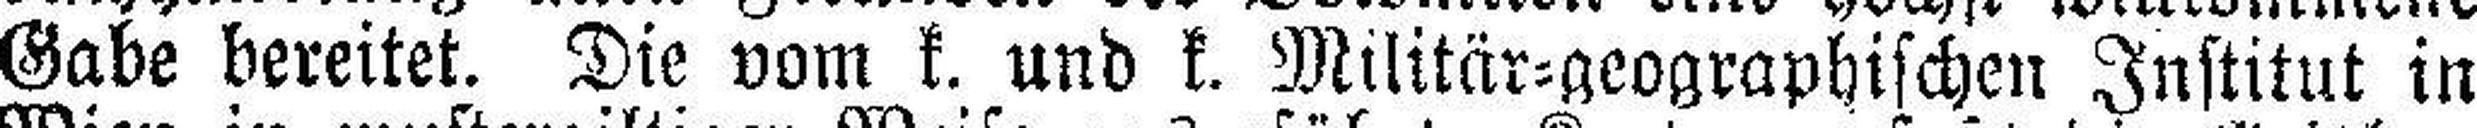
Gabe bereitet. Die vom k. und k. Militär=geographischen Institut in